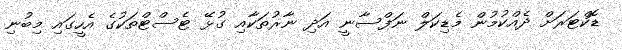
ޑޮކްޓަރަށް ދެއްކުމުން މެޑިކަލް ނަފްސާނީ އަދި ނާރުތަކާއި ގުޅޭ ޓެސްޓްތަކުގެ އެހީގައި މިބުނި